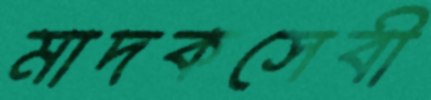
মাদকসেবী